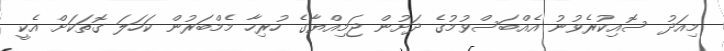
މިއަދު ސޮއިކުރެވުނު އެއްބަސްވުމުގެ ދަށުން ޖަމިއްޔާގެ ހުރިހާ މެމްބަރުން ކަހަލަ ގޮތަކަށް އެކީ